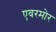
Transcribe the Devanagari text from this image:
एवरमोर